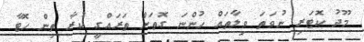
މޫދު ކޮޓަރި ނުވަތަ ވިލާތައް ހުންނަ ގޮތަށް ތަރައްގީ ކުރާ ތިން ހޮޓާ